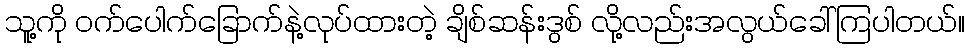
သူ့ကို ဝက်ပေါက်ခြောက်နဲ့လုပ်ထားတဲ့ ချိစ်ဆန်းဒွစ် လို့လည်းအလွယ်ခေါ်ကြပါတယ်။